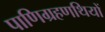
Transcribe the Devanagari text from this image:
पाणिग्रहणथियों